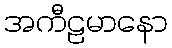
အကီဠမာနော